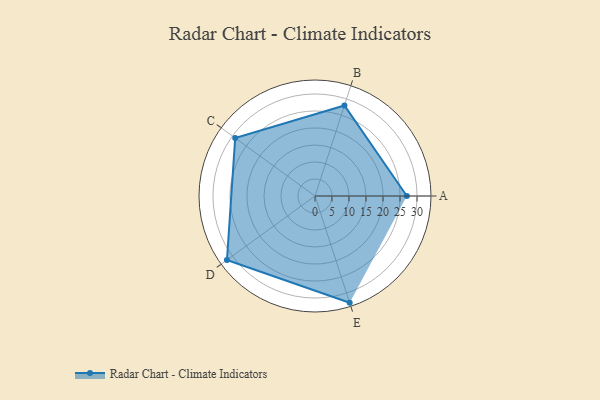
{"axis": {"x": "Skill", "y": "Score"}, "legend": ["Profile"], "data": [{"x": "A", "y": 27.0, "type": "Profile"}, {"x": "B", "y": 28.0, "type": "Profile"}, {"x": "C", "y": 29.0, "type": "Profile"}, {"x": "D", "y": 32.0, "type": "Profile"}, {"x": "E", "y": 33.0, "type": "Profile"}]}